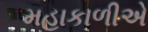
મહાકાળીએ